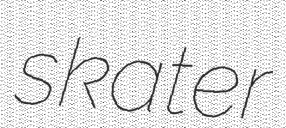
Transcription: skater